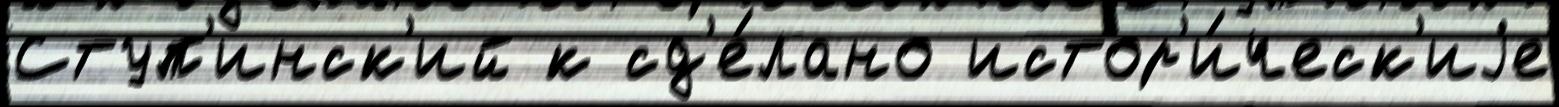
Ступ'инск'ий к сд'е́лано истор'и́ческ'иjе